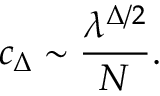
c _ { \Delta } \sim \frac { \lambda ^ { \Delta / 2 } } { N } .